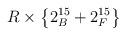
LaTeX: \begin{align*}R\times \left\{ 2_B^{15}+2_F^{15}\right\} \end{align*}